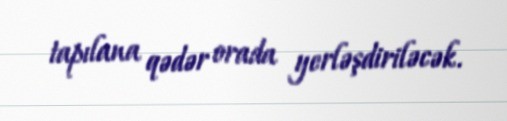
tapılana qədər orada yerləşdiriləcək.